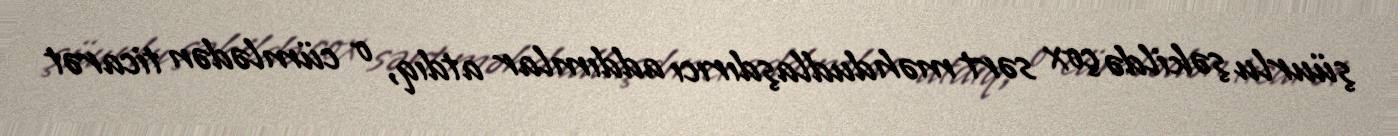
şüurlu şəkildə çox sərt məhdudlaşdırıcı addımlar atdıq, o cümlədən ticarət